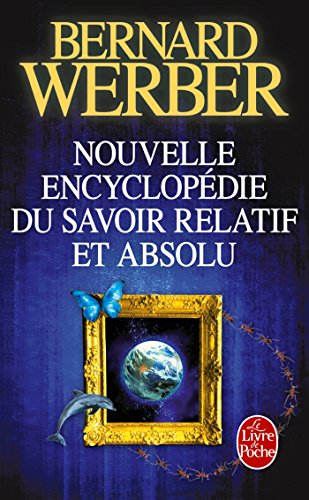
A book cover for Nelle Encyclopedie Du Savoir Relatif Absolu (Le Livre de Poche); Werber; Reference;